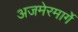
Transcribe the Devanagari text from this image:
अजमेरमार्गे